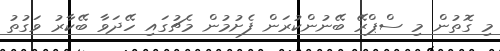
މި ގޮތުން މި ސްޕްރޭ ބޭނުންކުރަން ފެށުމުން މެޗުގައި ހޭދަވާ ބޭކާރު ވަގުތު